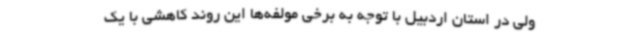
ولی در استان اردبیل با توجه به برخی مولفه‌ها این روند کاهشی با یک